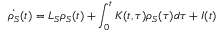
\dot { \rho _ { S } } ( t ) = { { L } _ { S } } \rho _ { S } ( t ) + \int _ { 0 } ^ { t } { K ( t , \tau ) \rho _ { S } ( \tau ) d \tau } + I ( t )